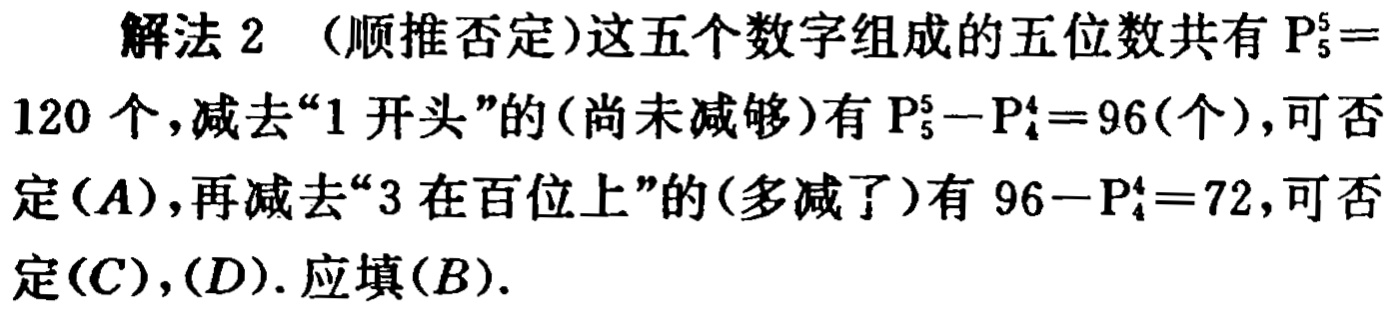
解法 2 （顺推否定）这五个数字组成的五位数共有 \(P_{5}^{5} =\)
120 个，减去“1 开头”的（尚未减够）有 \(P_{5}^{5}-P_{4}^{4}=96\)（个），可否定\((A)\)，再减去“3 在百位上”的（多减了）有 \(96 - P_{4}^{4}=72\)，可否定\((C)\)，\((D)\). 应填\((B)\).